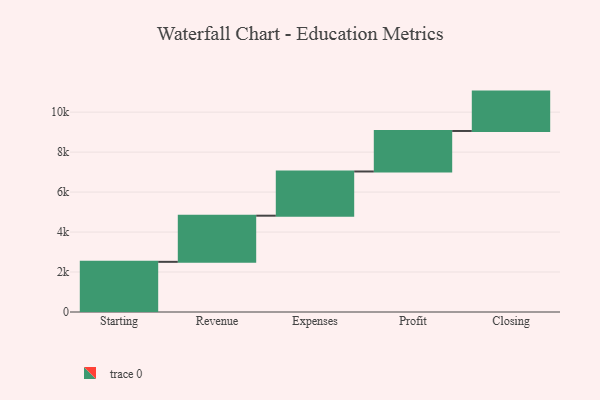
{"axis": {"x": "Step", "y": "Value"}, "legend": [""], "data": [{"x": "Starting", "y": 2510.0, "type": ""}, {"x": "Revenue", "y": 2309.0, "type": ""}, {"x": "Expenses", "y": 2212.0, "type": ""}, {"x": "Profit", "y": 2027.0, "type": ""}, {"x": "Closing", "y": 1970.0, "type": ""}]}